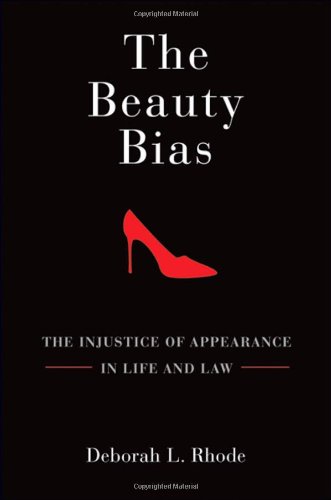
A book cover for The Beauty Bias: The Injustice of Appearance in Life and Law; Deborah L. Rhode; Law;